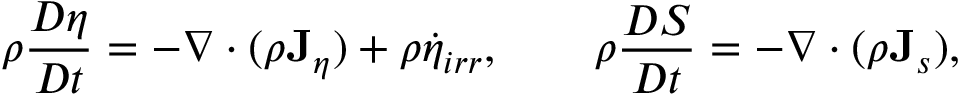
\rho \frac { D \eta } { D t } = - \nabla \cdot ( \rho { \bf J } _ { \eta } ) + \rho \dot { \eta } _ { i r r } , \qquad \rho \frac { D S } { D t } = - \nabla \cdot ( \rho { \bf J } _ { s } ) ,